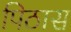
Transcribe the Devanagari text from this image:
पिठास